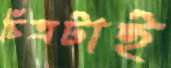
চিত্রটাই